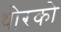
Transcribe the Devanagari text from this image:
थोरको